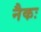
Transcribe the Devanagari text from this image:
नैकः